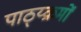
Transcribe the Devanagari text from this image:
पाठ्य्क्रमों